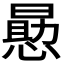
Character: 𭞕